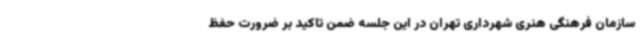
سازمان فرهنگی هنری شهرداری تهران در این جلسه ضمن تاکید بر ضرورت حفظ